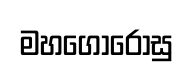
මහගොරෝසු